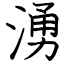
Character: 湧